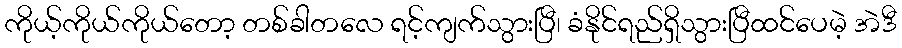
ကိုယ့်ကိုယ်ကိုယ်တော့ တစ်ခါတလေ ရင့်ကျက်သွားပြီ၊ ခံနိုင်ရည်ရှိသွားပြီထင်ပေမဲ့ အဲဒီ